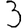
Digit: 3